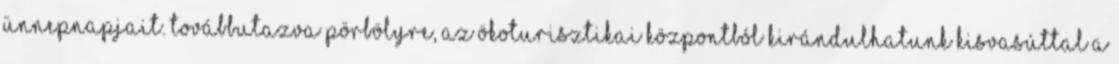
ünnepnapjait. Továbbutazva Pörbölyre, az ökoturisztikai központból kirándulhatunk kisvasúttal a